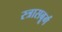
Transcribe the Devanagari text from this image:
स्त्रासबूर्ग